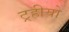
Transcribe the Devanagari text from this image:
ट्रहीयो